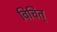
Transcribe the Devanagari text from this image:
विचित्